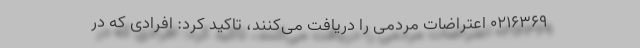
0216369 اعتراضات مردمی را دریافت می‌کنند، تاکید کرد: افرادی که در